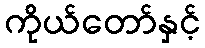
ကိုယ်တော်နှင့်